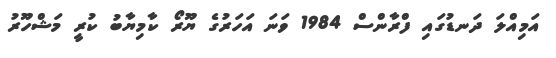
އަމިއްލަ ދަނޑުގައި ފްރާންސް 1984 ވަނަ އަހަރުގެ ޔޫރޯ ކާމިޔާބު ކުރީ މަޝްހޫރު